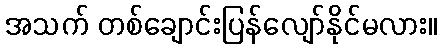
အသက် တစ်ချောင်းပြန်လျော်နိုင်မလား။